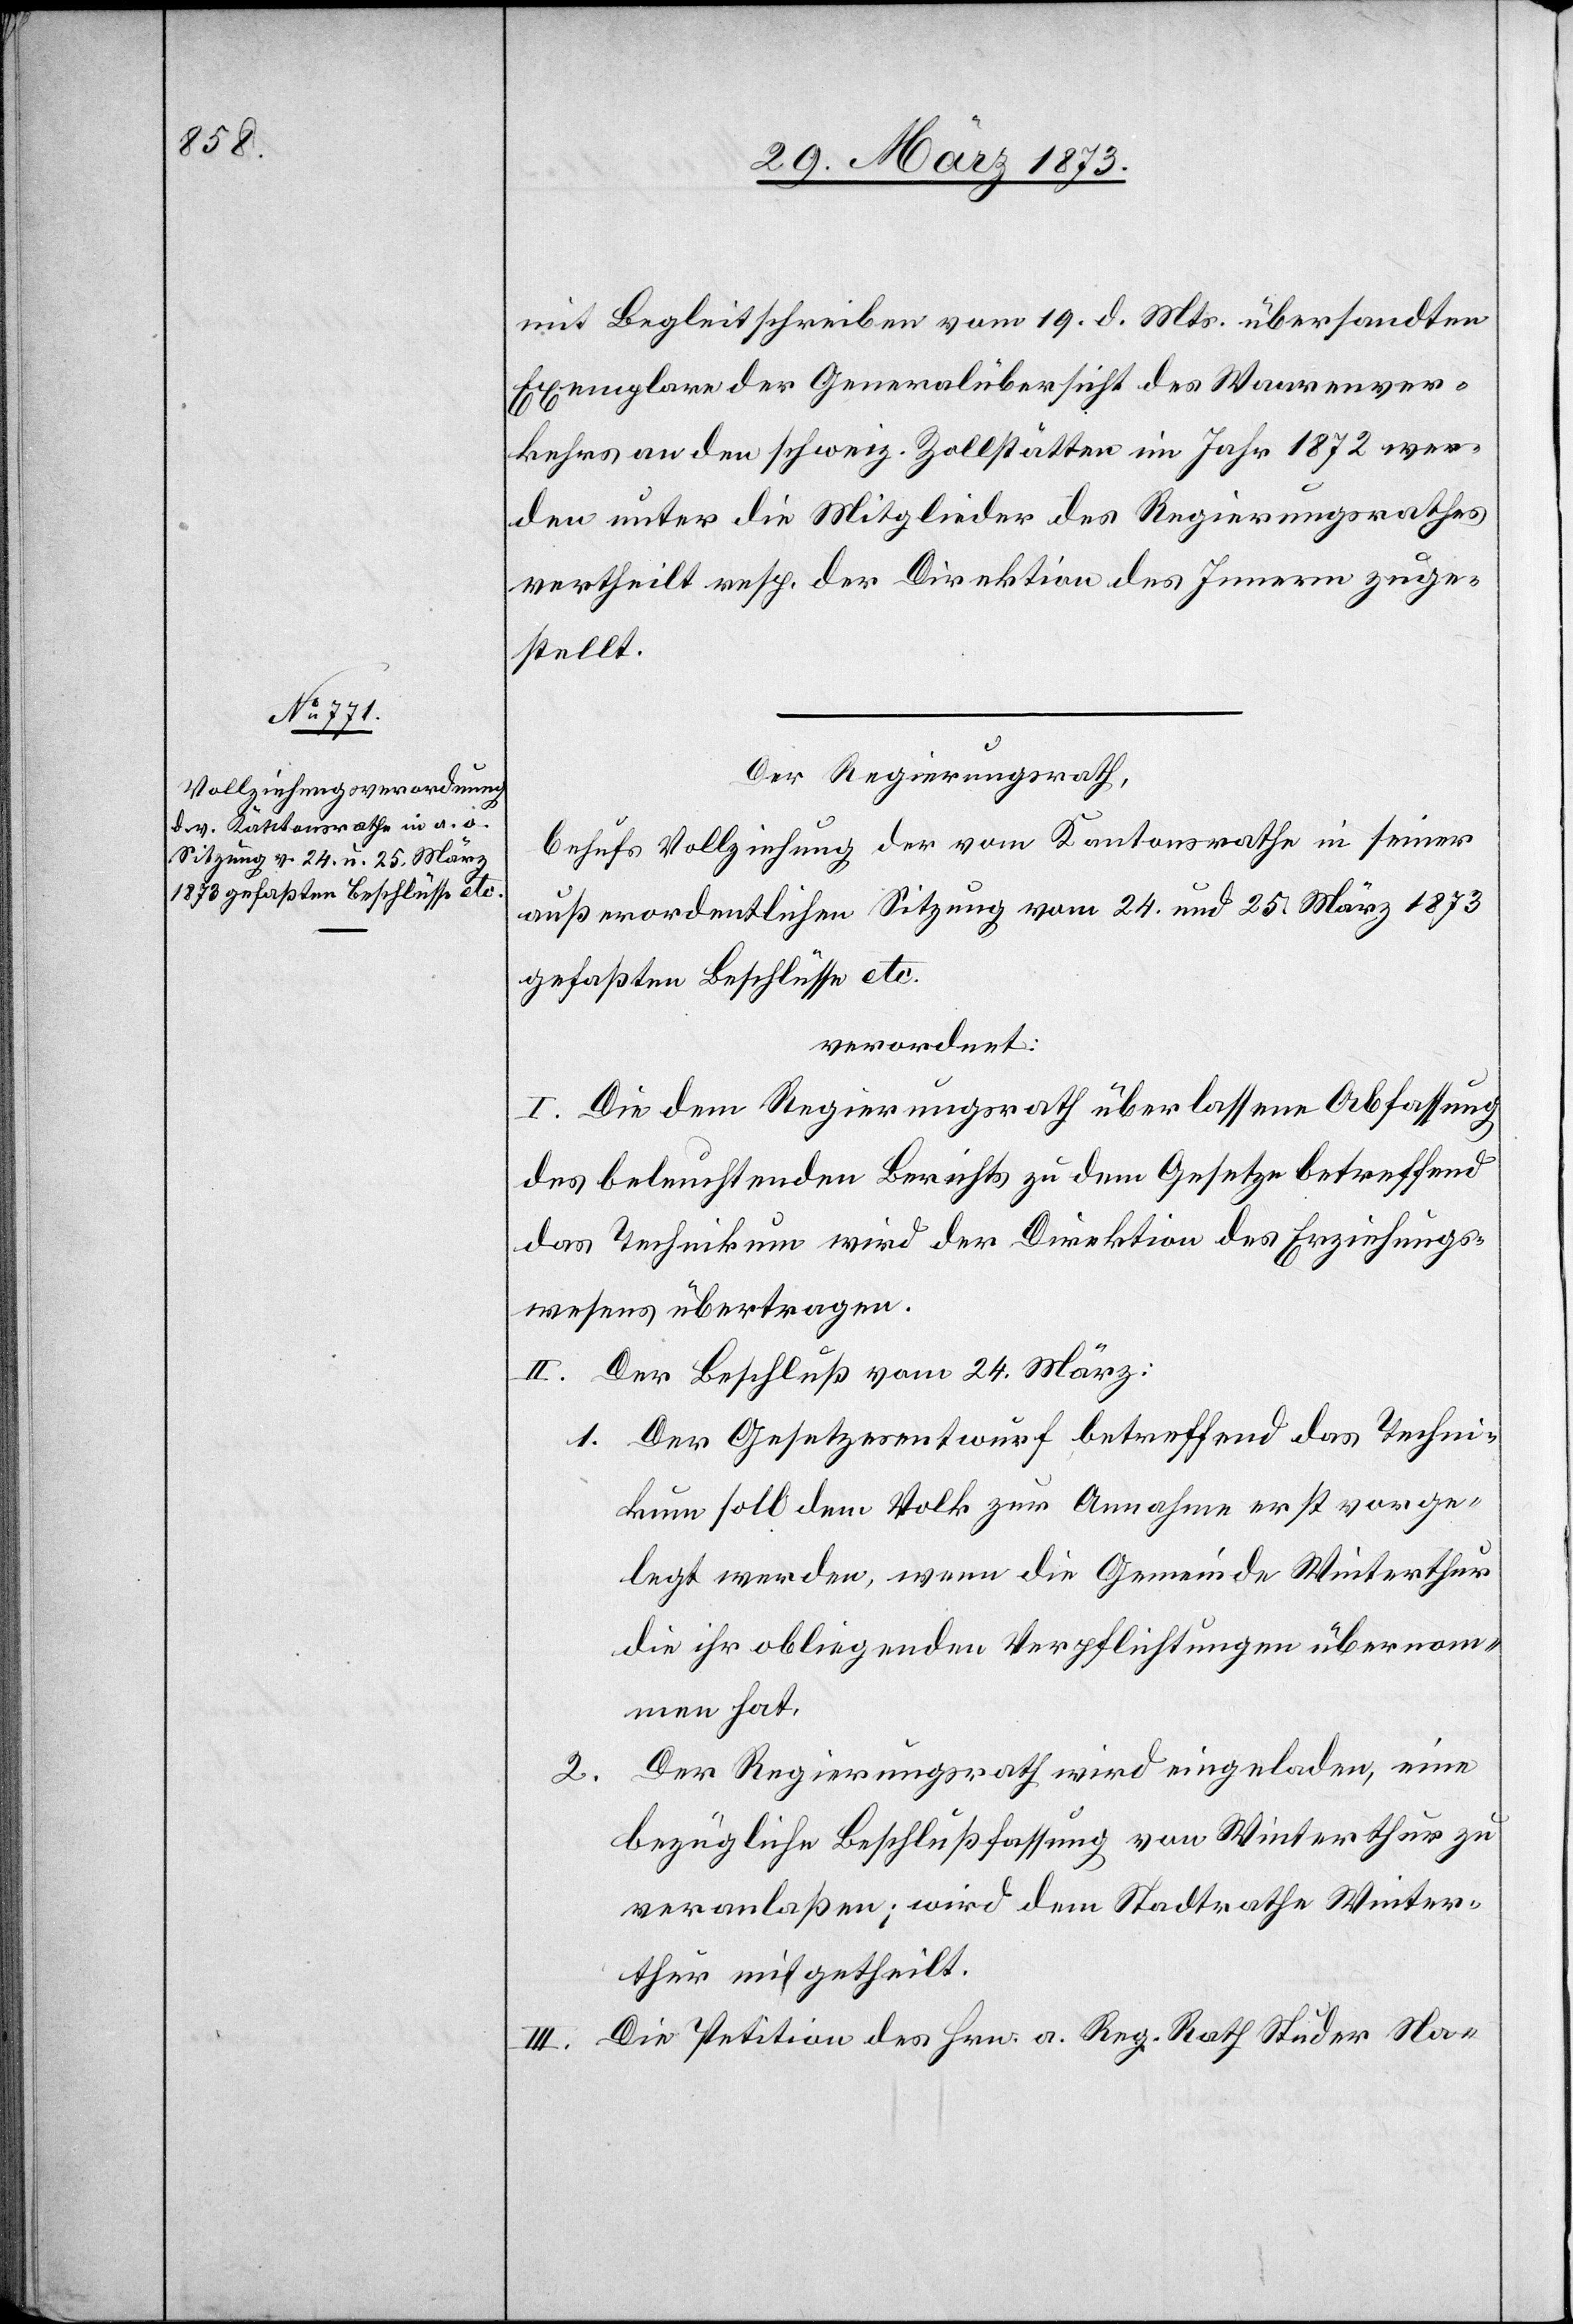
mit Begleitschreiben vom 19. d. Mts. übersandten
Exemplare der Generalübersicht des Waarenver¬
kehrs an den schweiz. Zollstätten im Jahr 1872 wer¬
den unter die Mitglieder des Regierungsrathes
vertheilt resp. der Direktion des Innern zuge¬
stellt.
Der Regierungsrath,
behufs Vollziehung der vom Kantonsrathe in seiner
außerordentlichen Sitzung vom 24. und 25. März 1873
gefaßten Beschlüsse etc.
verordnet:
I. Die dem Regierungsrath überlassene Abfassung
des beleuchtenden Berichts zu dem Gesetze betreffend
das Technikum wird der Direktion des Erziehungs¬
wesens übertragen.
II. Der Beschluß vom 24. März:
1. Der Gesetzesentwurf betreffend das Techni¬
kum soll dem Volk zur Annahme erst vorge¬
legt werden, wenn die Gemeinde Winterthur
die ihr obliegenden Verpflichtungen übernom¬
men hat.
Der Regierungsrath wird eingeladen, eine
2.
bezügliche Beschlußfassung von Winterthur zu
veranlaßen; wird dem Stadtrathe Winter¬
thur mitgetheilt.
Die Petition des Hrn. a. Reg. Rath Studer Na-